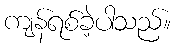
ကျန်ရစ်ခဲ့ပါသည်။